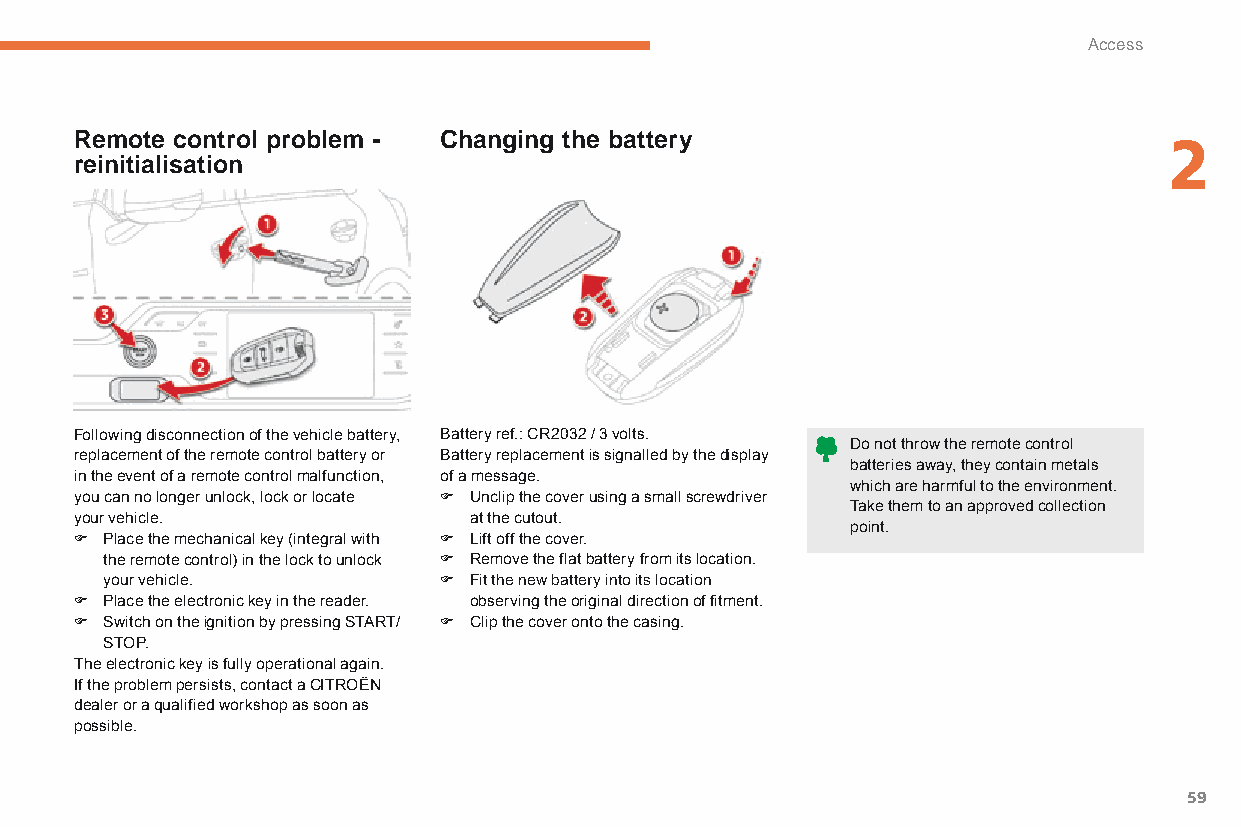
Access
 Remote control problem - Changing the battery                           2
 reinitialisation
 Following disconnection of the vehicle battery, Battery ref.: CR2032 / 3 volts.
 Do not throw the remote control
 replacement of the remote control battery or Battery replacement is signalled by the display
 batteries away, they contain metals
 in the event of a remote control malfunction, of a message.
 which are harmful to the environment.
 you can no longer unlock, lock or locate F Unclip the cover using a small screwdriver
 Take them to an approved collection
 your vehicle.             at the cutout.
 point.
 F Place the mechanical key (integral with F Lift off the cover.
 the remote control) in the lock to unlock F Remove the flat battery from its location.
 your vehicle.         F Fit the new battery into its location
 F Place the electronic key in the reader. observing the original direction of fitment.
 F Switch on the ignition by pressing START/ F Clip the cover onto the casing.
 STOP.
 The electronic key is fully operational again.
 If the problem persists, contact a CITROËN
 dealer or a qualified workshop as soon as
 possible.
 59
 C4-Picasso-II_en_Chap02_ouvertures_ed01-2015